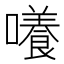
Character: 𡂺